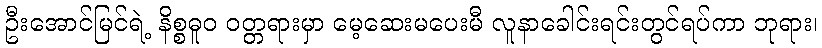
ဦးအောင်မြင်ရဲ့ နိစ္စဓူဝ ဝတ္တရားမှာ မေ့ဆေးမပေးမီ လူနာခေါင်းရင်းတွင်ရပ်ကာ ဘုရား၊